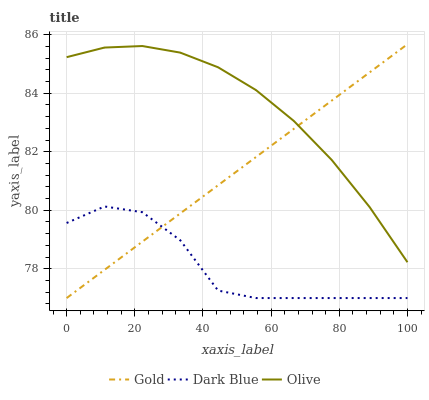
| xaxis_label | Gold | Dark Blue | Olive |
 | --- | --- | --- | --- |
 | 0 | 77 | 79.6 | 85.2 |
 | 11.1 | 78 | 80.1 | 85.6 |
 | 22.2 | 78.9 | 79.9 | 85.6 |
 | 33.3 | 79.9 | 79 | 85.4 |
 | 44.4 | 80.9 | 77.3 | 84.9 |
 | 55.6 | 81.8 | 77 | 84.1 |
 | 66.7 | 82.8 | 77 | 83.1 |
 | 77.8 | 83.7 | 77 | 81.7 |
 | 88.9 | 84.7 | 77 | 80.1 |
 | 100 | 85.7 | 77 | 78.2 |